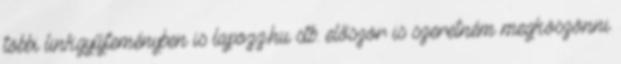
többi linkgyűjteményben is lapozz.hu stb. először is szeretném megköszönni